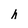
Character: h